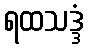
ရထသဒ္ဒံ